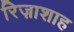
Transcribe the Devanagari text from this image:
रिज़ाशाह